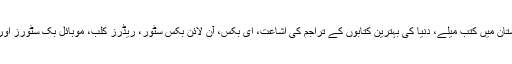
کتابوں کے حوالے سے موجود کئی مسائل کے باوجود پاکستان میں کتب میلے، دنیا کی بہترین کتابوں کے تراجم کی اشاعت، ای بکس، آن لائن بکس سٹور، ریڈرز کلب، موبائل بک سٹورز اور میگا بکس سٹورز کتابوں کی دنیا کے نئے رجحانات ہیں۔